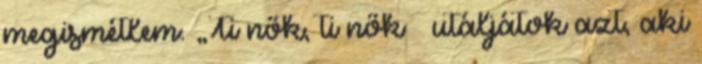
megismétlem. „Ti nők, ti nők – utáljátok azt, aki